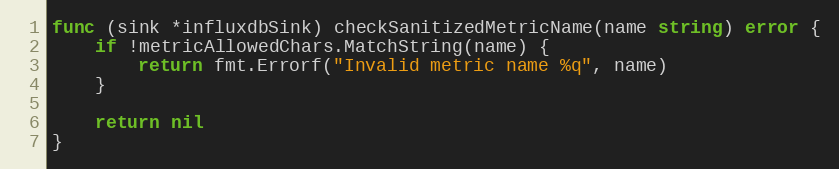
Language: Go
func (sink *influxdbSink) checkSanitizedMetricName(name string) error {
	if !metricAllowedChars.MatchString(name) {
		return fmt.Errorf("Invalid metric name %q", name)
	}

	return nil
}